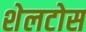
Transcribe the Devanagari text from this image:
शेलटोस